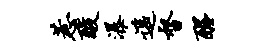
惹酸瀑遥督醒